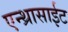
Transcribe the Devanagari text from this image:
एन्थ्रासाईट